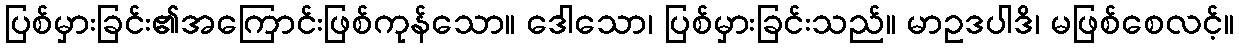
ပြစ်မှားခြင်း၏အကြောင်းဖြစ်ကုန်သော။ ဒေါသော၊ ပြစ်မှားခြင်းသည်။ မာဥဒပါဒိ၊ မဖြစ်စေလင့်။